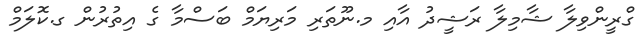
ގްރީންވިލާ ޝާމިލާ ރަޝީދު އާއި މ.ނޫތަރި މަރިޔަމް ބަސްމާ ގެ އިތުރުން ގ.ކޮލަމް